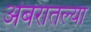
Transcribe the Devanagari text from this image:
अंबरातल्या